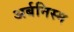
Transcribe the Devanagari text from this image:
अर्बनिस्म